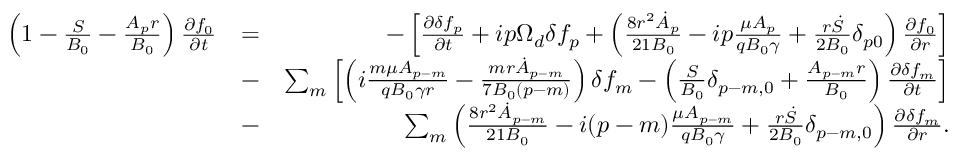
\begin{array} { r l r } { \left( 1 - \frac { S } { B _ { 0 } } - \frac { A _ { p } r } { B _ { 0 } } \right) \frac { \partial f _ { 0 } } { \partial t } } & { = } & { - \left[ \frac { \partial \delta f _ { p } } { \partial t } + i p \Omega _ { d } \delta f _ { p } + \left( \frac { 8 r ^ { 2 } \dot { A } _ { p } } { 2 1 B _ { 0 } } - i p \frac { \mu A _ { p } } { q B _ { 0 } \gamma } + \frac { r \dot { S } } { 2 B _ { 0 } } \delta _ { p 0 } \right) \frac { \partial f _ { 0 } } { \partial r } \right] } \\ & { - } & { \sum _ { m } \left[ \left( i \frac { m \mu A _ { p - m } } { q B _ { 0 } \gamma r } - \frac { m r \dot { A } _ { p - m } } { 7 B _ { 0 } ( p - m ) } \right) \delta f _ { m } - \left( \frac { S } { B _ { 0 } } \delta _ { p - m , 0 } + \frac { A _ { p - m } r } { B _ { 0 } } \right) \frac { \partial \delta f _ { m } } { \partial t } \right] } \\ & { - } & { \sum _ { m } \left( \frac { 8 r ^ { 2 } \dot { A } _ { p - m } } { 2 1 B _ { 0 } } - i ( p - m ) \frac { \mu A _ { p - m } } { q B _ { 0 } \gamma } + \frac { r \dot { S } } { 2 B _ { 0 } } \delta _ { p - m , 0 } \right) \frac { \partial \delta f _ { m } } { \partial r } . } \end{array}